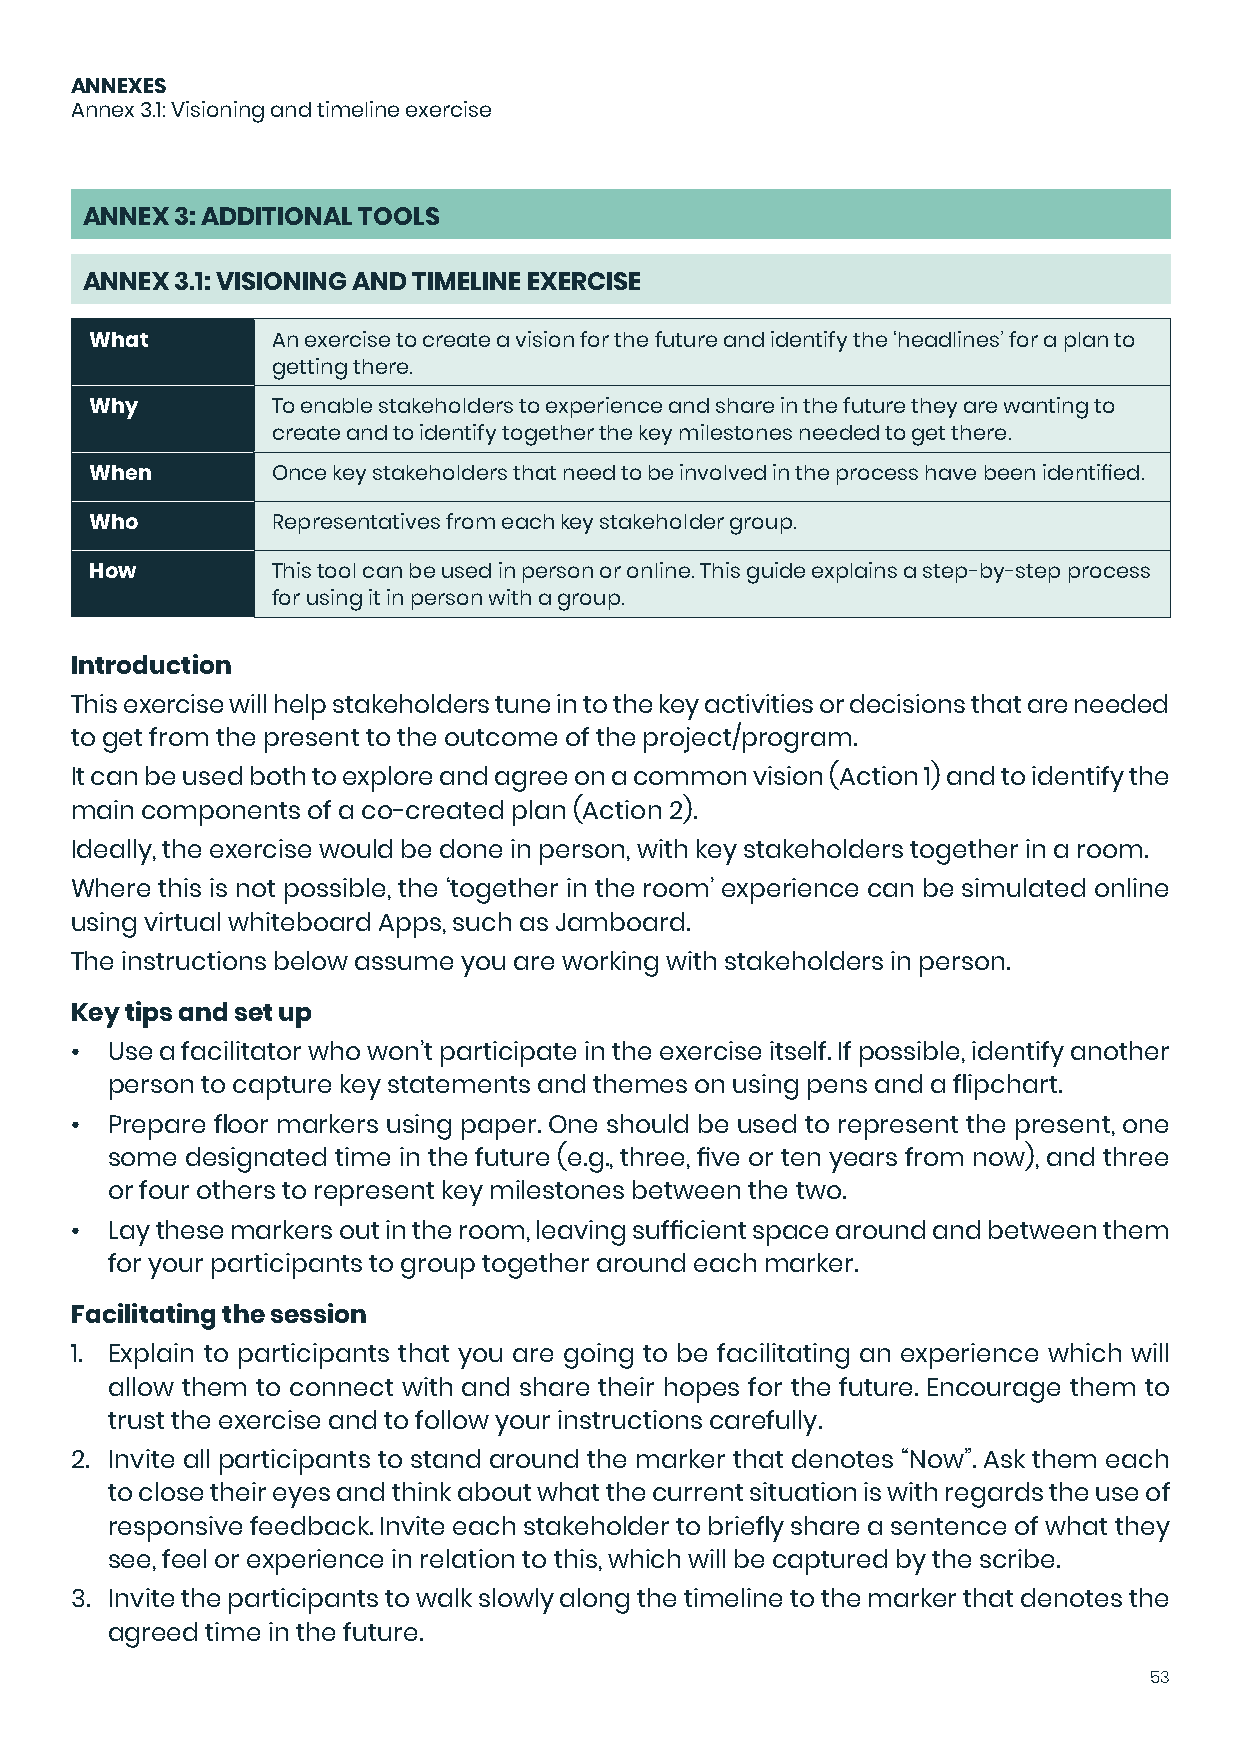
ANNEXES
 Annex 3.1: Visioning and timeline exercise
 ANNEX  3: ADDITIONAL TOOLS
 ANNEX  3.1: VISIONING AND TIMELINE EXERCISE
 What        An exercise to create a vision for the future and identify the ‘headlines’ for a plan to
 getting there.
 Why         To enable stakeholders to experience and share in the future they are wanting to
 create and to identify together the key milestones needed to get there.
 When        Once key stakeholders that need to be involved in the process have been identified.
 Who         Representatives from each key stakeholder group.
 How         This tool can be used in person or online. This guide explains a step-by-step process
 for using it in person with a group.
 Introduction
 This exercise will help stakeholders tune in to the key activities or decisions that are needed
 to get from the present to the outcome of the project/program.
 It can be used both to explore and agree on a common vision (Action 1) and to identify the
 main components of a co-created plan (Action 2).
 Ideally, the exercise would be done in person, with key stakeholders together in a room.
 Where this is not possible, the ‘together in the room’ experience can be simulated online
 using virtual whiteboard Apps, such as Jamboard.
 The instructions below assume you are working with stakeholders in person.
 Key tips and set up
 • Use a facilitator who won’t participate in the exercise itself. If possible, identify another
 person to capture key statements and themes on using pens and a flipchart.
 • Prepare floor markers using paper. One should be used to represent the present, one
 some designated time in the future (e.g., three, five or ten years from now), and three
 or four others to represent key milestones between the two.
 • Lay these markers out in the room, leaving sufficient space around and between them
 for your participants to group together around each marker.
 Facilitating the session
 1. Explain to participants that you are going to be facilitating an experience which will
 allow them to connect with and share their hopes for the future. Encourage them to
 trust the exercise and to follow your instructions carefully.
 2. Invite all participants to stand around the marker that denotes “Now”. Ask them each
 to close their eyes and think about what the current situation is with regards the use of
 responsive feedback. Invite each stakeholder to briefly share a sentence of what they
 see, feel or experience in relation to this, which will be captured by the scribe.
 3. Invite the participants to walk slowly along the timeline to the marker that denotes the
 agreed time in the future.
 53